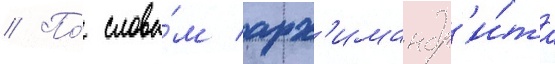
// По́ слова́м арх'имандр'и́та